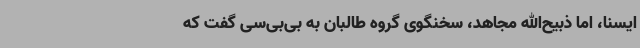
ایسنا، اما ذبیح‌الله مجاهد، سخنگوی گروه طالبان به بی‌بی‌سی گفت که